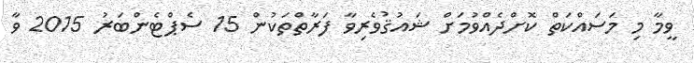
ވީމާ މި މަސައްކަތް ކޮށްދެއްވުމަށް ޝައުޤުވެރިވާ ފަރާތްތަކުން 15 ސެޕްޓެންބަރު 2015 ވާ